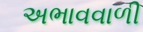
અભાવવાળી